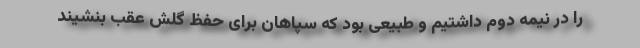
را در نیمه دوم داشتیم و طبیعی بود که سپاهان برای حفظ گلش عقب بنشیند